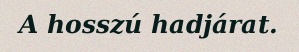
A hosszú hadjárat.